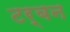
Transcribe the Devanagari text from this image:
टर्बन